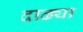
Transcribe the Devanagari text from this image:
दाढ्या